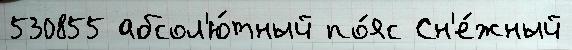
530855 абсол'ю́тный по́яс Сн'е́жный